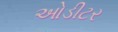
ઓડીટર